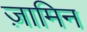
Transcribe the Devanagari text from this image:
ज़ामिन